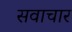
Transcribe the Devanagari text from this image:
सवाचार